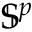
\mathbb { S } ^ { p }